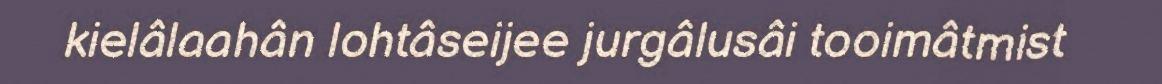
kielâlaahân lohtâseijee jurgâlusâi tooimâtmist